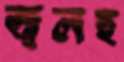
জ্বলছ